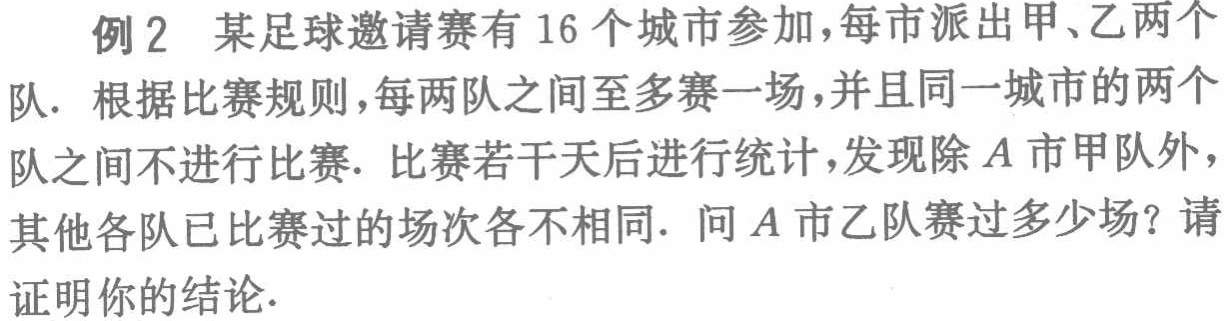
例2 某足球邀请赛有 16 个城市参加，每市派出甲、乙两个队．根据比赛规则，每两队之间至多赛一场，并且同一城市的两个队之间不进行比赛．比赛若干天后进行统计，发现除\(A\)市甲队外，其他各队已比赛过的场次各不相同．问\(A\)市乙队赛过多少场？请证明你的结论．